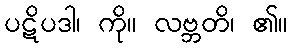
ပဋိပဒါ၊ ကို။ လဗ္ဘတိ၊ ၏။